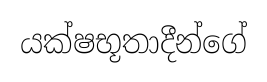
යක්ෂභූතාදීන්ගේ